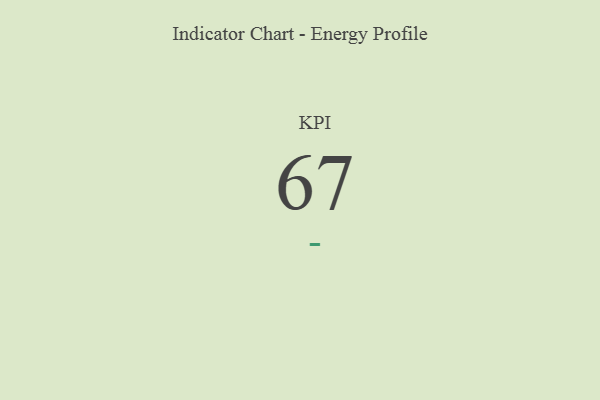
{"axis": {"x": "KPI", "y": "Value"}, "legend": [""], "data": [{"x": "KPI", "y": 67, "type": ""}]}